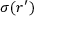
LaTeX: \sigma ( { \boldsymbol { r } } ^ { \prime } )